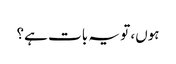
ہوں، تو یہ بات ہے؟